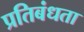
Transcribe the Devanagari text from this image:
प्रतिबंधता